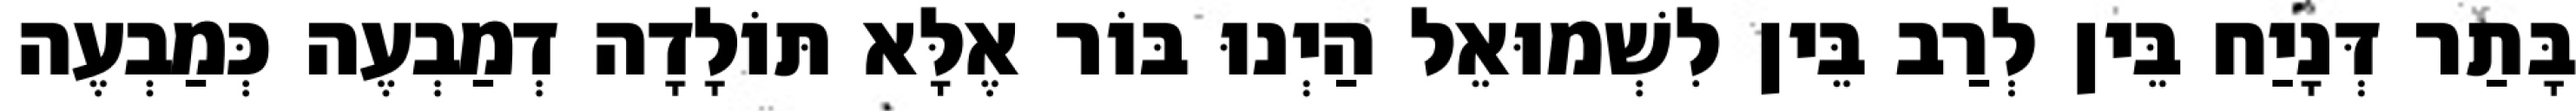
בָּתַר דְּנָיַח בֵּין לְרַב בֵּין לִשְׁמוּאֵל הַיְנוּ בּוֹר אֶלָּא תּוֹלָדָה דְמַבְעֶה כְּמַבְעֶה